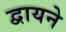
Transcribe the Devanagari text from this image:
द्वायने